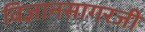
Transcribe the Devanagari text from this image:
विज्ञानसागरजी